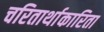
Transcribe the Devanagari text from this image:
चरितार्थाकारिता